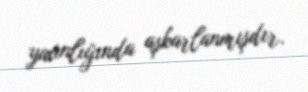
yaxınlığında aşkarlanmışdır.